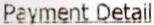
PAYMENT DETAIL